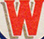
W